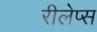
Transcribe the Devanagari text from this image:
रीलेप्स